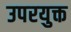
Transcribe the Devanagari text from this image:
उपरयुक्त